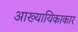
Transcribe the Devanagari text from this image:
आख्यायिकाकार